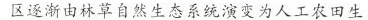
区逐渐由林草自然生态系统演变为人工农田生